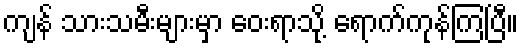
ကျန် သားသမီးများမှာ ဝေးရာသို့ ရောက်ကုန်ကြပြီ။